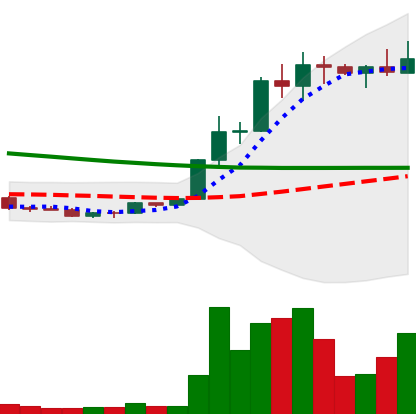
Ticker: ETC-USD
Chart end date: 2022-03-29
Forward return: -5.201%
Label: down_5_7